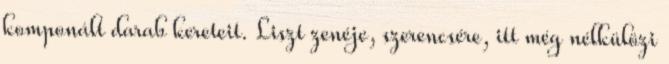
komponált darab kereteit. Liszt zenéje, szerencsére, itt még nélkülözi